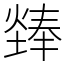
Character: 㷯